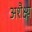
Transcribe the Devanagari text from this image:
अशैक्ष्य